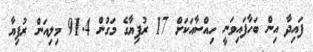
ފައިދާ އިން ބަހާފައިވަނީ ހިއްސާއަކަށް 17 ރުފިޔާގެ މަގުން 91.4 މިލިއަން ރުފިޔާ